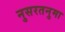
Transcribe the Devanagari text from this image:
नुसरतनुमा